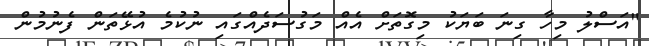
"އަސްލު މިހާ ގިނަ ބަޔަކު މިގޮތަށް އެއް މަގުސަދެއްގައި ނުކުމެ އުޅޭތަން ފެނުމުން